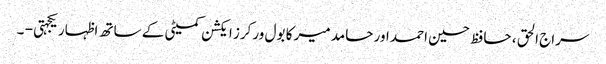
سراج الحق ، حافظ حسین احمد اور حامد میر کا بول ورکرز ایکشن کمیٹی کے ساتھ اظہار یکجہتی - ۔